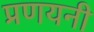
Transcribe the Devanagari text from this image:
प्रणयनी